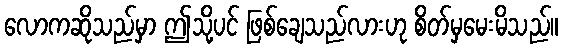
လောကဆိုသည်မှာ ဤသို့ပင် ဖြစ်ချေသည်လားဟု စိတ်မှမေးမိသည်။